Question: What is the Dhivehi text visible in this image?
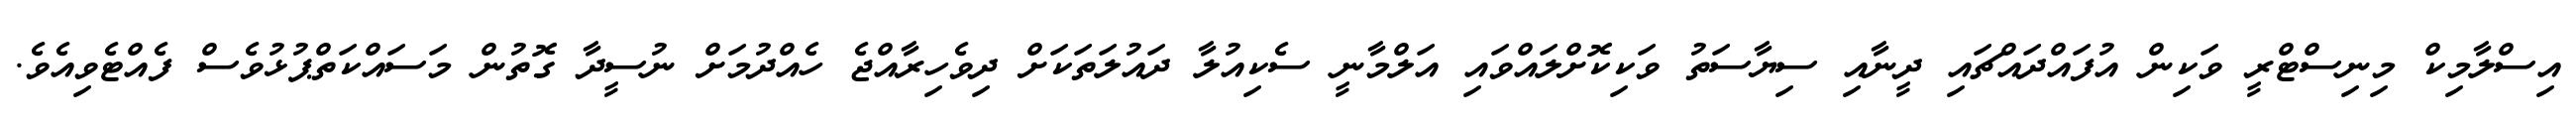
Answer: އިސްލާމިކް މިނިސްޓްރީ ވަކިން އުފައްދައްޗައި ދީނާއި ސިޔާސަތު ވަކިކޮށްލައްވައި އަލްމާނީ ސެކިއުލާ ދައުލަތަކަށް ދިވެހިރާއްޖެ ހެއްދުމަށް ނުސީދާ ގޮތުން މަސައްކަތްޕުޅުވެސް ފެއްޓެވިއެވެ.